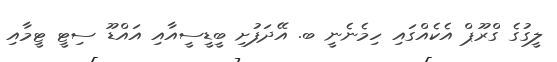
ލީގުގެ ގްރޫޕް އެކެއްގައި ހިމެނެނީ ބ. އޭދަފުށި ބީޑީސީއާއި އައްޑޫ ސިޓީ ޓީމާއި